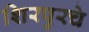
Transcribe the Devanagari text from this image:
शिरपुरचे